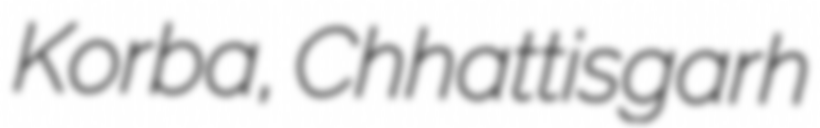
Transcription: Korba, Chhattisgarh